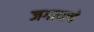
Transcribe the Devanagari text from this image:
जगत्याचे